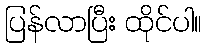
ပြန်လာပြီး ထိုင်ပါ။